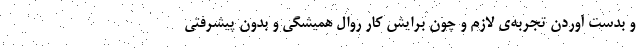
و بدست آوردن تجربه‌ی لازم و چون برایش کار روال همیشگی و بدون پیشرفتی